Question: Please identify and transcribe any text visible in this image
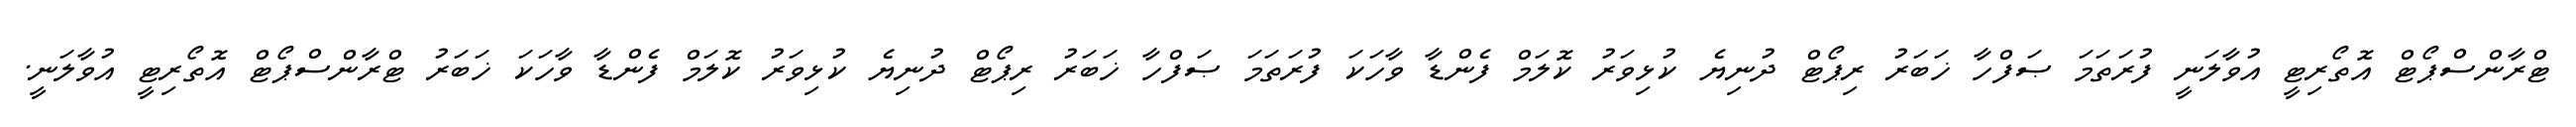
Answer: ޓްރާންސްޕޯޓް އޮތޯރިޓީ އުވާލަނީ ފުރަތަމަ ޞަފްހާ ޚަބަރު ރިޕޯޓް ދުނިޔެ ކުޅިވަރު ކޮލަމް ފެންޑާ ވާހަކަ ފުރަތަމަ ޞަފްހާ ޚަބަރު ރިޕޯޓް ދުނިޔެ ކުޅިވަރު ކޮލަމް ފެންޑާ ވާހަކަ ޚަބަރު ޓްރާންސްޕޯޓް އޮތޯރިޓީ އުވާލަނީ.